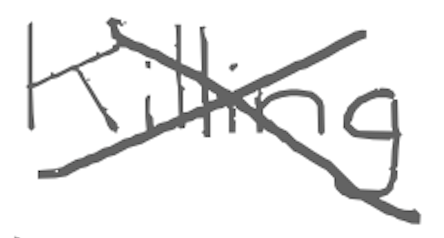
Text: Killing
Cross-out: cross
Writing tool: digital_gray